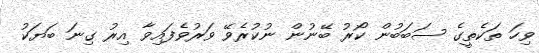
ވިހަ ތަކެތީގެ ސަބަބުން ކޯރު ބޭނުން ނުކުރެވޭ ވަރުވެފައިވާ އިރު ގިނަ ބަޔަކު